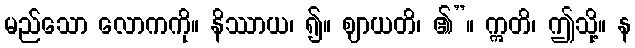
မည်သော လောကကို။ နိဿာယ၊ ၍။ ဈာယတိ၊ ၏”။ ဣတိ၊ ဤသို့။ န